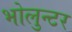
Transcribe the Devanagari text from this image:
भोलुन्टर